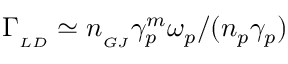
\Gamma _ { _ { L D } } \simeq n _ { _ { G J } } \gamma _ { p } ^ { m } \omega _ { p } / ( n _ { p } \gamma _ { p } )